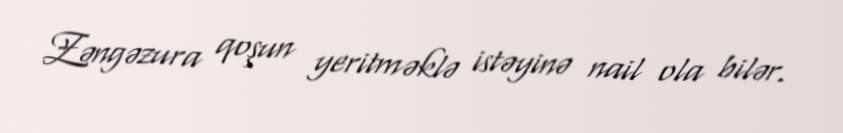
Zəngəzura qoşun yeritməklə istəyinə nail ola bilər.